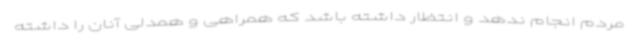
مردم انجام ندهد و انتظار داشته باشد که همراهی و همدلی آنان را داشته